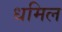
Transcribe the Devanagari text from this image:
धमिल